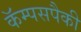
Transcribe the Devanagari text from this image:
कॅम्पसपैकी